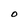
Character: O